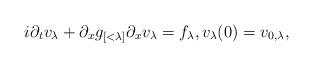
LaTeX: \begin{align*}i \partial_t v_\lambda + \partial_x g_{[<\lambda]} \partial_x v_\lambda = f_\lambda, v_\lambda(0) = v_{0,\lambda},\end{align*}